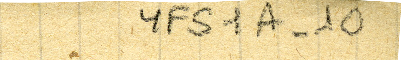
YFS1A-10